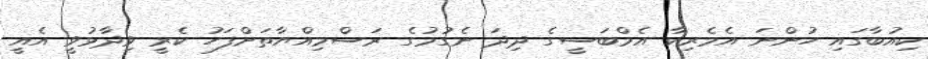
ކިއުބާގައި ހުންނަ އެމެރިކާ އެމްބަސީގެ ދިދަ ނެގުމުގެ ރަސްމިއްޔާތަށްފަހު ކެރީ ވިދާޅުވީ އެއީ